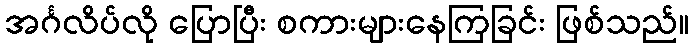
အင်္ဂလိပ်လို ပြောပြီး စကားများနေကြခြင်း ဖြစ်သည်။